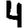
Digit: 4